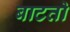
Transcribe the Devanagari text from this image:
बाटतो